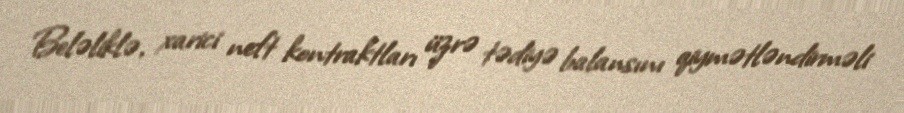
Beləliklə, xarici neft kontraktları üzrə tədiyə balansını qiymətləndirməli